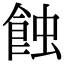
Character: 蝕